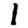
Digit: 1